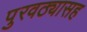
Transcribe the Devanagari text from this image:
पुरवठ्यासह